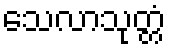
သေလာသုတ္တံ